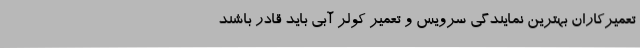
تعمیرکاران بهترین نمایندگی سرویس و تعمیر کولر آبی باید قادر باشند